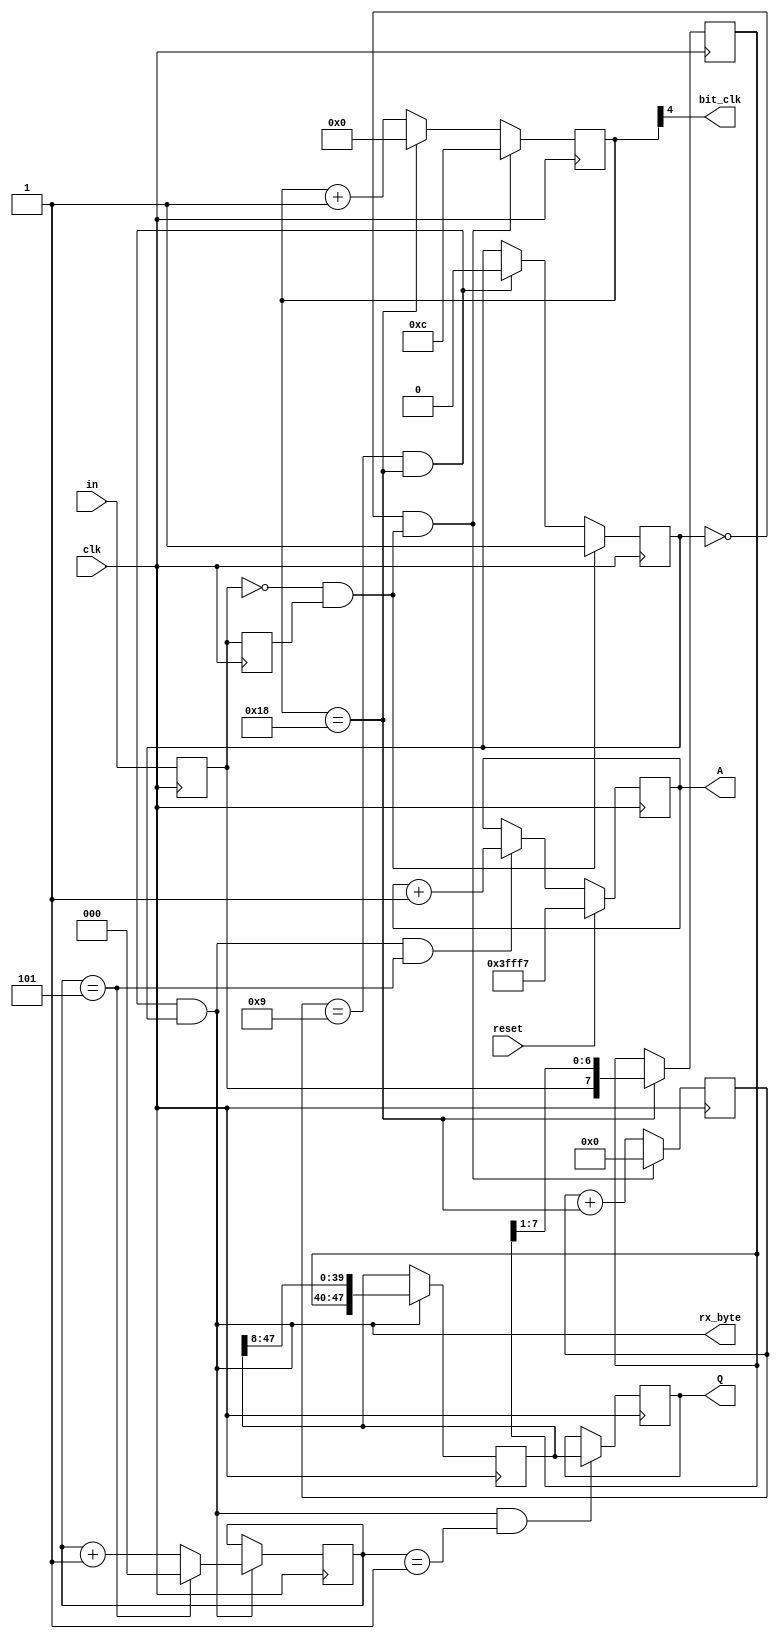
module com(
	input in,reset,
	input clk,							 //300MHZ
	output rx_byte,				// data strobe
	output reg [47:0] Q,
	output reg [17:0] A,
	output bit_clk
);

reg [2:0] cnt6;
always @(posedge clk) if(rx_byte) cnt6<= (cnt6==5)? 3'b0: cnt6 +1'b1;
always @(posedge clk) A <= reset ? 18'b0 - 18'd9 :(rx_byte&(cnt6==5))? A+1'b1: A ;
reg [7:0] r;
assign bit_clk = div_cnt[4];
localparam    DIV =25; //  
reg in_p,in_pp,receive;
reg [31:0] div_cnt;
reg [3:0] bit_cnt;
wire spad = ~in_p&in_pp;
wire tune = ~receive&spad;
wire bit  = (div_cnt==DIV-1);
wire byte =(bit_cnt==4'd9)&bit;
always @(posedge clk)  {in_pp,in_p} <= {in_p,in};
always @(posedge clk)  receive <= spad ? 1'b1: byte ?1'b0 : receive ;
always @(posedge clk)  div_cnt  <= tune? {1'b0 ,DIV[8:1]}  : bit ? 9'd0 : div_cnt +1'b1;
always @(posedge clk)  bit_cnt  <= tune? 4'd0  : bit_cnt + {3'd0,bit};
always @(posedge clk)  if(bit)  r <= {in_p,r[7:1]};
assign rx_byte = byte&receive;
reg [47:0] q;
always @(posedge clk) if(rx_byte) q <= {r,q[47:8]};
always @(posedge clk) if(rx_byte&(cnt6==1)) Q <= q;//{r,q[47:8]};
endmodule